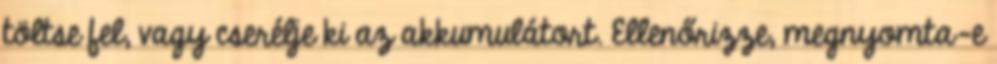
töltse fel, vagy cserélje ki az akkumulátort. Ellenőrizze, megnyomta-e